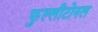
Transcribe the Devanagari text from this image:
फुल्लीटोनल